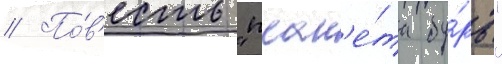
// По́в'есть "план'е́та бу́рь"